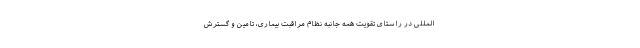
المللی در راستای تقویت همه جانبه نظام مراقبت بیماری، تامین و گسترش